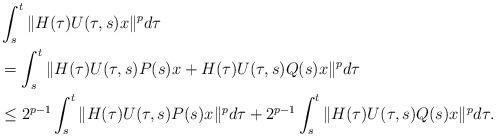
LaTeX: \begin{align*} &\int_s^t \|H(\tau) U(\tau,s) x\|^p d\tau\\&=\int_s^t \|H(\tau) U(\tau,s)P(s) x + H(\tau) U(\tau,s)Q(s) x\|^p d\tau\\&\leq 2^{p-1} \int_s^{t} \|H(\tau) U(\tau,s) P(s) x\|^p d\tau+2^{p-1} \int_s^{t} \|H(\tau) U(\tau,s) Q(s) x\|^p d\tau. \end{align*}